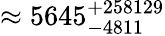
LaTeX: \approx 5645_{-4811}^{+258129}